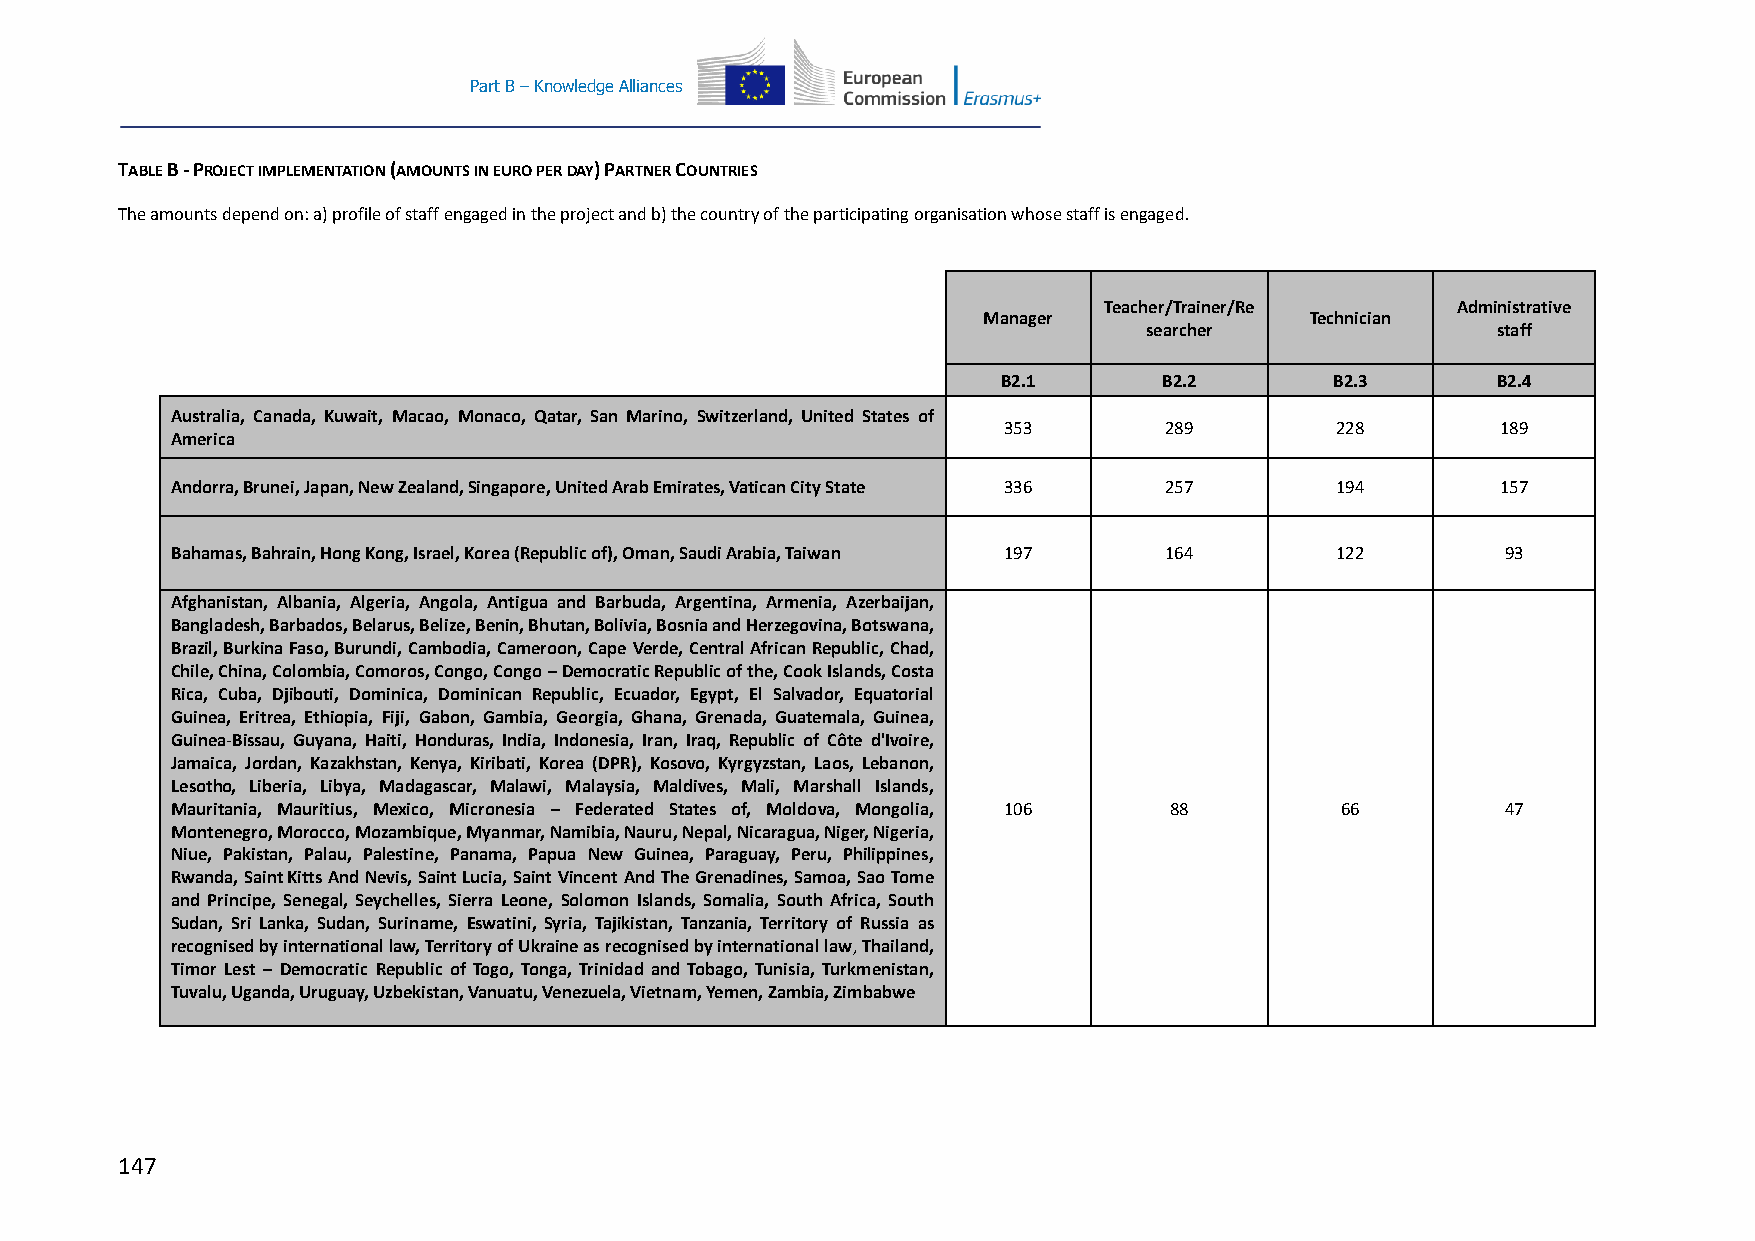
Part B – Knowledge Alliances
 TABLE B - PROJECT IMPLEMENTATION (AMOUNTS IN EURO PER DAY) PARTNER COUNTRIES
 The amounts depend on: a) profile of staff engaged in the project and b) the country of the participating organisation whose staff is engaged.
 Teacher/Trainer/Re     Administrative
 Manager               Technician
 searcher               staff
 B2.1       B2.2       B2.3       B2.4
 Australia, Canada, Kuwait, Macao, Monaco, Qatar, San Marino, Switzerland, United States of
 353        289        228        189
 America
 Andorra, Brunei, Japan, New Zealand, Singapore, United Arab Emirates, Vatican City State 336 257 194 157
 Bahamas, Bahrain, Hong Kong, Israel, Korea (Republic of), Oman, Saudi Arabia, Taiwan 197 164 122 93
 Afghanistan, Albania, Algeria, Angola, Antigua and Barbuda, Argentina, Armenia, Azerbaijan,
 Bangladesh, Barbados, Belarus, Belize, Benin, Bhutan, Bolivia, Bosnia and Herzegovina, Botswana,
 Brazil, Burkina Faso, Burundi, Cambodia, Cameroon, Cape Verde, Central African Republic, Chad,
 Chile, China, Colombia, Comoros, Congo, Congo – Democratic Republic of the, Cook Islands, Costa
 Rica, Cuba, Djibouti, Dominica, Dominican Republic, Ecuador, Egypt, El Salvador, Equatorial
 Guinea, Eritrea, Ethiopia, Fiji, Gabon, Gambia, Georgia, Ghana, Grenada, Guatemala, Guinea,
 Guinea-Bissau, Guyana, Haiti, Honduras, India, Indonesia, Iran, Iraq, Republic of Côte d'Ivoire,
 Jamaica, Jordan, Kazakhstan, Kenya, Kiribati, Korea (DPR), Kosovo, Kyrgyzstan, Laos, Lebanon,
 Lesotho, Liberia, Libya, Madagascar, Malawi, Malaysia, Maldives, Mali, Marshall Islands,
 Mauritania, Mauritius, Mexico, Micronesia – Federated States of, Moldova, Mongolia, 106 88 66 47
 Montenegro, Morocco, Mozambique, Myanmar, Namibia, Nauru, Nepal, Nicaragua, Niger, Nigeria,
 Niue, Pakistan, Palau, Palestine, Panama, Papua New Guinea, Paraguay, Peru, Philippines,
 Rwanda, Saint Kitts And Nevis, Saint Lucia, Saint Vincent And The Grenadines, Samoa, Sao Tome
 and Principe, Senegal, Seychelles, Sierra Leone, Solomon Islands, Somalia, South Africa, South
 Sudan, Sri Lanka, Sudan, Suriname, Eswatini, Syria, Tajikistan, Tanzania, Territory of Russia as
 recognised by international law, Territory of Ukraine as recognised by international law, Thailand,
 Timor Lest – Democratic Republic of Togo, Tonga, Trinidad and Tobago, Tunisia, Turkmenistan,
 Tuvalu, Uganda, Uruguay, Uzbekistan, Vanuatu, Venezuela, Vietnam, Yemen, Zambia, Zimbabwe
 147